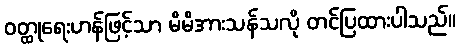
ဝတ္ထုရေးဟန်ဖြင့်သာ မိမိအားသန်သလို တင်ပြထားပါသည်။